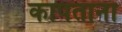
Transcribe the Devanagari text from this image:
कापताना